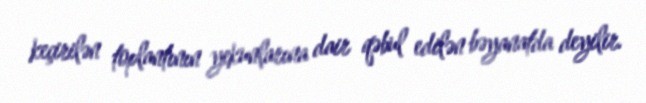
keçirilən toplantının yekunlarına dair qəbul edilən bəyanatda deyilir.